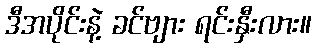
ဒီအပိုင်းနဲ့ ခင်ဗျား ရင်းနှီးလား။